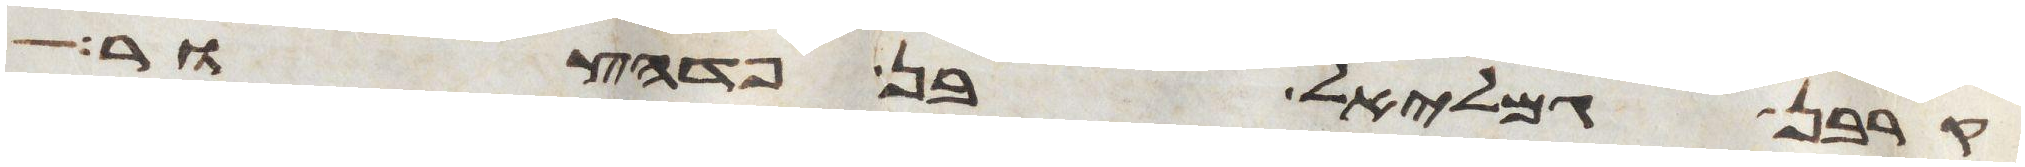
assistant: קרבן גמלאל בן פדהצור